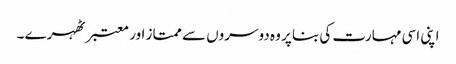
اپنی اسی مہارت کی بنا پر وہ دوسروں سے ممتاز اور معتبر ٹھہرے ۔